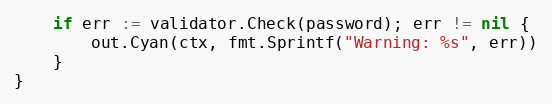
Language: Go
	if err := validator.Check(password); err != nil {
		out.Cyan(ctx, fmt.Sprintf("Warning: %s", err))
	}
}